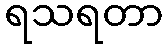
ရသရတာ